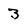
Character: 3